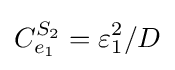
C_{e_{1}}^{S_{2}}=\varepsilon _{1}^{2}/D